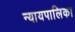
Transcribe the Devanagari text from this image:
न्‍यायपालिका